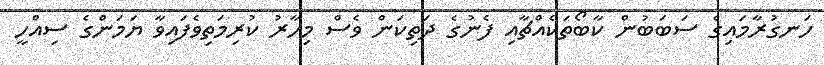
ހަނގުރާމައިގެ ސަބަބުން ކާބޯތަކެއްޗާއި ފެނުގެ ދަތިކަން ވެސް މިހާރު ކުރިމަތިވެފައިވާ ޔަމަންގެ ސިއްހީ